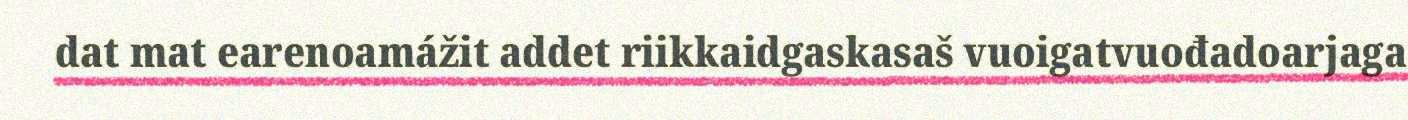
dat mat earenoamážit addet riikkaidgaskasaš vuoigatvuođadoarjaga